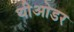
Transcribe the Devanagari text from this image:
थीओडर